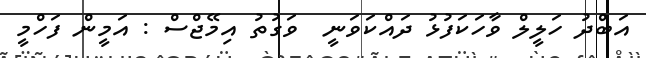
އަބްދު ހަލީލް ވާހަކަފުޅު ދައްކަވަނީ  ވަގުތު އިމޭޖްސް : އަމީން ފަހްމީ